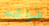
فراشه